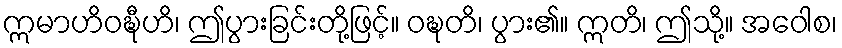
ဣမာဟိဝဍ္ဎီဟိ၊ ဤပွားခြင်းတို့ဖြင့်။ ဝဍ္ဎတိ၊ ပွား၏။ ဣတိ၊ ဤသို့။ အဝေါစ၊